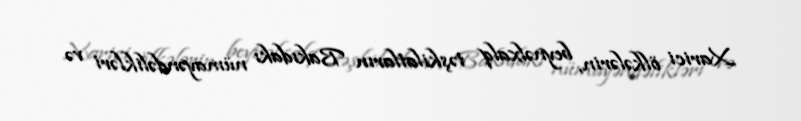
Xarici ölkələrin, beynəlxalq təşkilatların Bakıdakı nümayəndəlikləri və